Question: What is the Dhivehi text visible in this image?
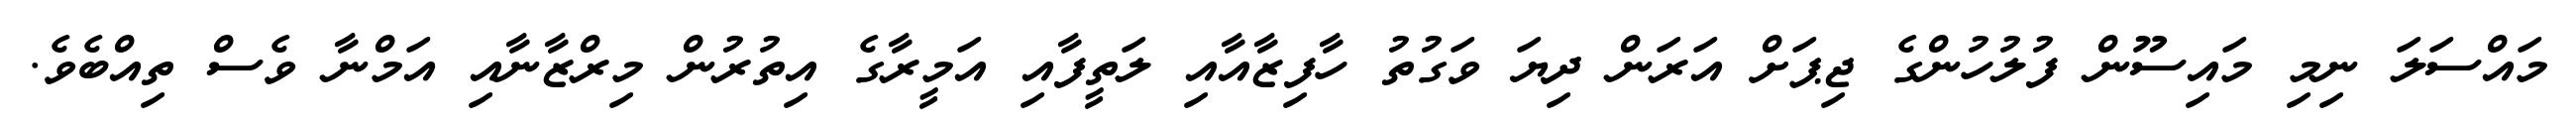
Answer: މައްސަލަ ނިމި މައިސޫން ފުލުހުންގެ ޖިޕަށް އަރަން ދިޔަ ވަގުތު ހާފިޒާއާއި ލަތީފާއި އަމީރާގެ އިތުރުން މިރްޒާނާއި އަމްނާ ވެސް ތިއްބެވެ.